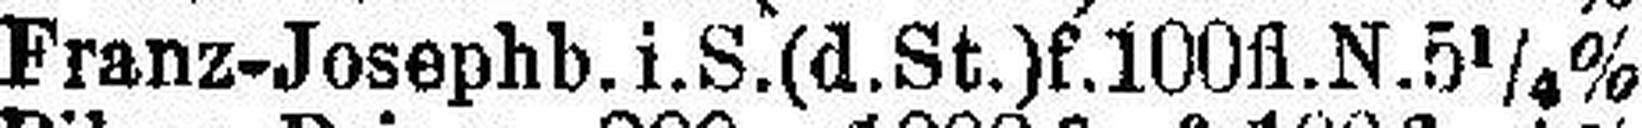
Franz-Josephb. i.S.(d.St.)f. 100 fl.N.5¼%